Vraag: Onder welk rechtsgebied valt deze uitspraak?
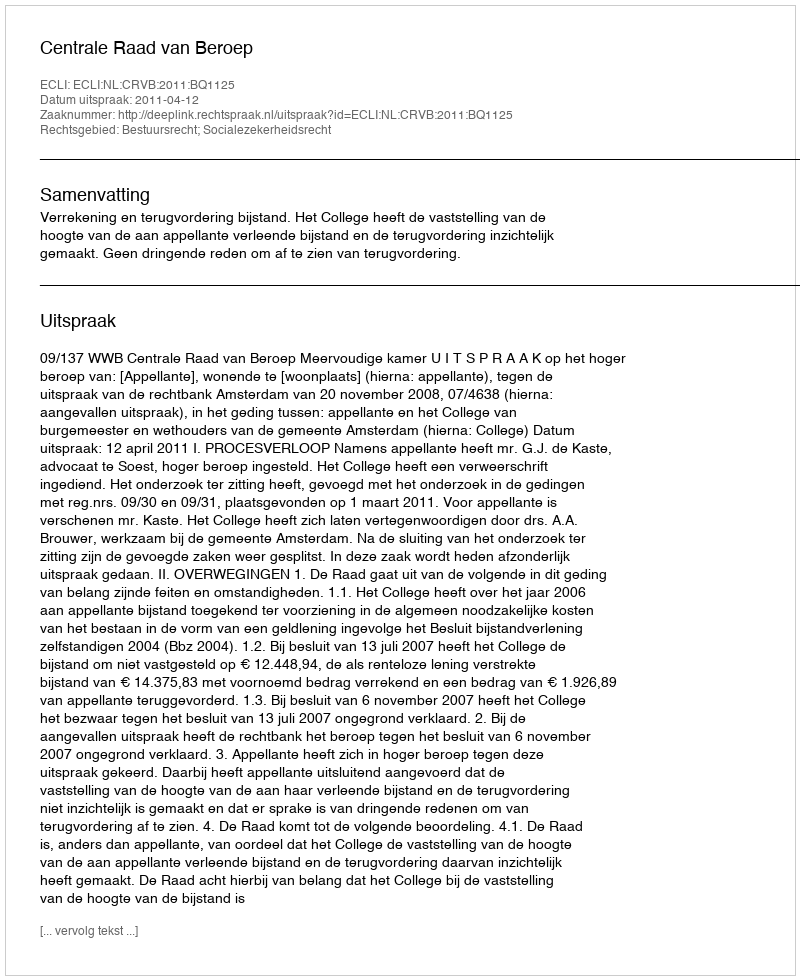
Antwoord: Bestuursrecht; Socialezekerheidsrecht